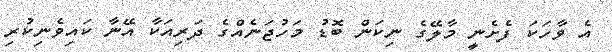
އެ ވާހަކަ ފެށެނީ މާލޭގެ ނިކަން ބޮޑު މަހުޖަނެއްގެ ދަރިއަކާ އޭނާ ކައިވެނިކުރި